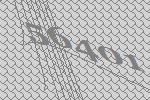
56401